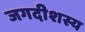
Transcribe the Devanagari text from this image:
जगदीशस्य